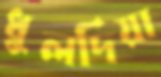
ধুলদিয়া